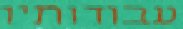
עבודותיו